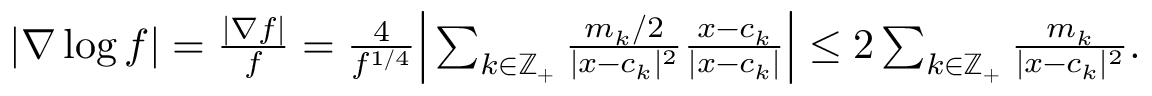
\begin{array} { r } { | \nabla \log f | = \frac { | \nabla f | } { f } = \frac { 4 } { f ^ { 1 / 4 } } \Big | \sum _ { k \in \mathbb Z _ { + } } \frac { m _ { k } / 2 } { | x - c _ { k } | ^ { 2 } } \frac { x - c _ { k } } { | x - c _ { k } | } \Big | \leq 2 \sum _ { k \in \mathbb Z _ { + } } \frac { m _ { k } } { | x - c _ { k } | ^ { 2 } } . } \end{array}